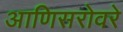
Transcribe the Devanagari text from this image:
आणिसरोवरे